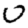
Digit: 0